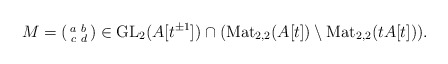
\begin{align*} M=\left(\begin{smallmatrix} a & b \\ c & d \end{smallmatrix}\right)\in \mathrm{GL}_2(A[t^{\pm 1}])\cap (\mathrm{Mat}_{2,2}(A[t])\setminus \mathrm{Mat}_{2,2}(tA[t])).\end{align*}